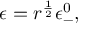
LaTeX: \epsilon = r ^ { \frac { 1 } { 2 } } \epsilon _ { - } ^ { 0 } ,